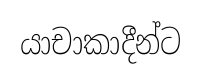
යාචාකාදීන්ට